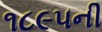
૧૮૯૫ની